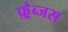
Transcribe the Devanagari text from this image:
फ़्रैब्जस